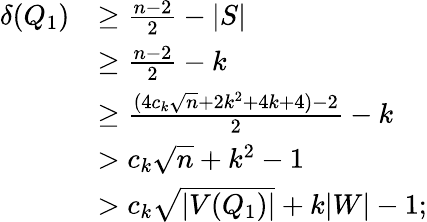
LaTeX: \begin{array}{rl}{\delta(Q_{1})}&{\geq\frac{n-2}{2}-|S|}\\ &{\geq\frac{n-2}{2}-k}\\ &{\geq\frac{(4c_{k}\sqrt{n}+2k^{2}+4k+4)-2}{2}-k}\\ &{>c_{k}\sqrt{n}+k^{2}-1}\\ &{>c_{k}\sqrt{|V(Q_{1})|}+k|W|-1;}\end{array}